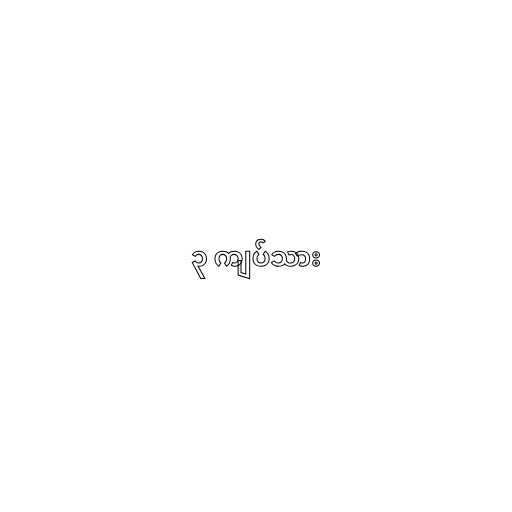
၃ ကျပ်သား